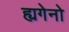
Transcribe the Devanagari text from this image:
ह्यगेनो